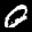
Label: 0